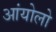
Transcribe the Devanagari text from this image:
आंयोलो